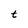
Character: t